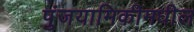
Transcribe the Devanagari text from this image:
पुंजयामिकीमधील